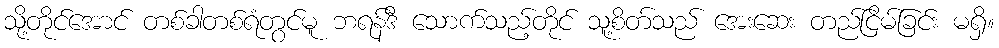
သို့တိုင်အောင် တစ်ခါတစ်ရံတွင်မူ ဘရန်ဒီ သောက်သည့်တိုင် သူ့စိတ်သည် အေးဆေး တည်ငြိမ်ခြင်း မရှိ။